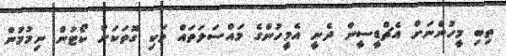
ތިބި މީހުންނަށް އެޗްޑީސީން ދެނީ އެމީހުންގެ މައްސަލަތައް ވަކި ގޮތަކަށް ކޯޓުން ނިމުމުން